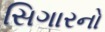
સિગારનો